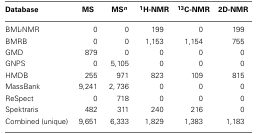
<table><thead><tr><td><b>Database</b></td><td><b>MS</b></td><td><b>MS<i><sup>n</sup></i></b></td><td><b><sup>1</sup>H-NMR</b></td><td><b><sup>13</sup>C-NMR</b></td><td><b>2D-NMR</b></td></tr></thead><tbody><tr><td>BML-NMR</td><td>0</td><td>0</td><td>199</td><td>0</td><td>199</td></tr><tr><td>BMRB</td><td>0</td><td>0</td><td>1,153</td><td>1, 154</td><td>755</td></tr><tr><td>GMD</td><td>879</td><td>0</td><td>0</td><td>0</td><td>0</td></tr><tr><td>GNPS</td><td>0</td><td>5,105</td><td>0</td><td>0</td><td>0</td></tr><tr><td>HMDB</td><td>255</td><td>971</td><td>823</td><td>109</td><td>815</td></tr><tr><td>MassBank</td><td>9,241</td><td>2,736</td><td>0</td><td>0</td><td>0</td></tr><tr><td>ReSpect</td><td>0</td><td>718</td><td>0</td><td>0</td><td>0</td></tr><tr><td>Spektraris</td><td>482</td><td>311</td><td>240</td><td>216</td><td>0</td></tr><tr><td>Combined (unique)</td><td>9,651</td><td>6,333</td><td>1,829</td><td>1, 383</td><td>1, 183</td></tr></tbody></table>